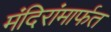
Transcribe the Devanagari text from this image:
मंदिरांमार्फत